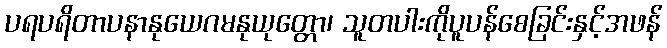
ပရပရိတာပနာနုယေဂမနုယုတ္တော၊ သူတပါးကိုပူပန်စေခြင်းနှင့်အဖန်